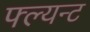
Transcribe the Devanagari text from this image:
फ्ल्यन्ट